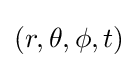
\left(r,\theta ,\phi ,t\right)